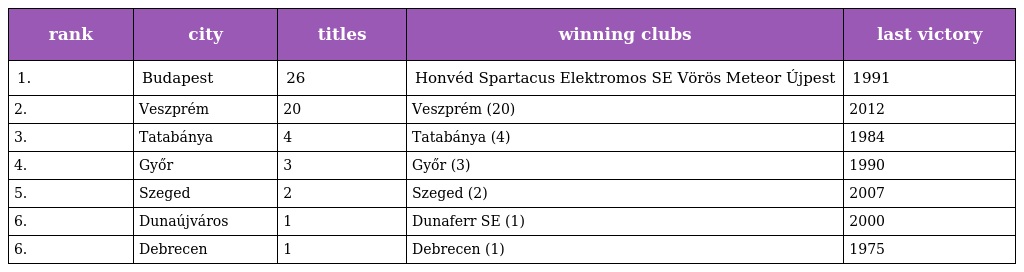
| rank | city | titles | winning clubs | last victory |
 | --- | --- | --- | --- | --- |
 | 1. | Budapest | 26 | Honvéd Spartacus Elektromos SE Vörös Meteor Újpest | 1991 |
 | 2. | Veszprém | 20 | Veszprém (20) | 2012 |
 | 3. | Tatabánya | 4 | Tatabánya (4) | 1984 |
 | 4. | Győr | 3 | Győr (3) | 1990 |
 | 5. | Szeged | 2 | Szeged (2) | 2007 |
 | 6. | Dunaújváros | 1 | Dunaferr SE (1) | 2000 |
 | 6. | Debrecen | 1 | Debrecen (1) | 1975 |